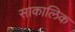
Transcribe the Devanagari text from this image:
साकालिक